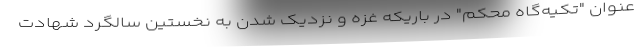
عنوان "تکیه‌گاه محکم" در باریکه غزه و نزدیک شدن به نخستین سالگرد شهادت